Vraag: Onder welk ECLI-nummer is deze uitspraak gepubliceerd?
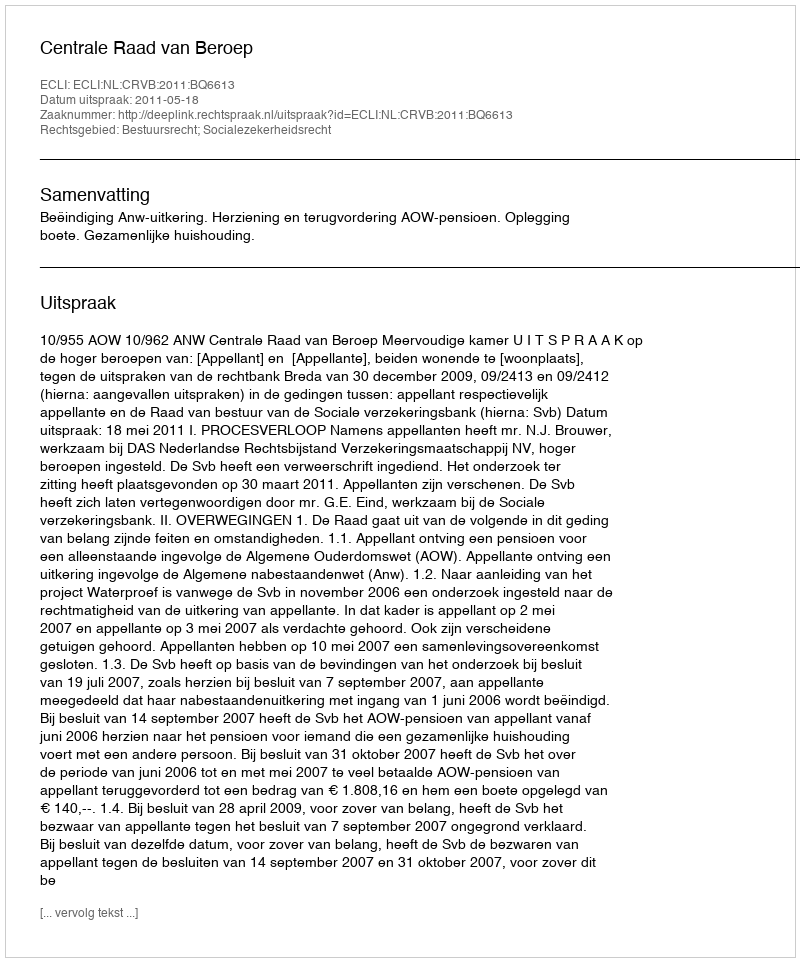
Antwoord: ECLI:NL:CRVB:2011:BQ6613